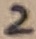
Text: 2